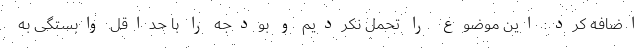
اضافه کرد: این موضوع را تحمل نکردیم و بودجه را با حداقل وابستگی به